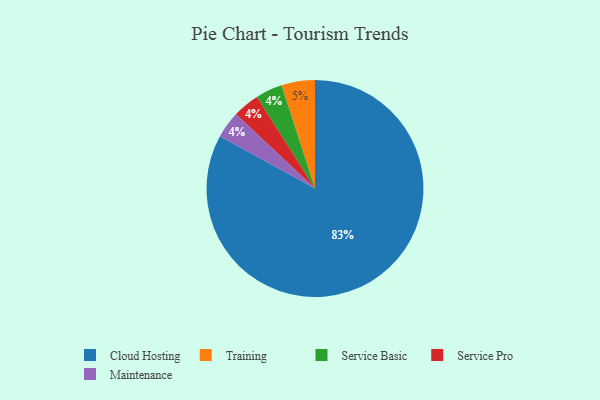
{"axis": {"x": "Category", "y": "Percentage"}, "legend": ["Cloud Hosting", "Maintenance", "Service Basic", "Service Pro", "Training"], "data": [{"x": "Service Basic", "y": 4, "type": "Service Basic"}, {"x": "Cloud Hosting", "y": 83, "type": "Cloud Hosting"}, {"x": "Service Pro", "y": 4, "type": "Service Pro"}, {"x": "Training", "y": 5, "type": "Training"}, {"x": "Maintenance", "y": 4, "type": "Maintenance"}]}